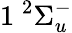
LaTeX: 1\phantom{A}\! \! \! ^{2}\Sigma_{u}^{-}